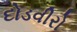
દોડવીરો